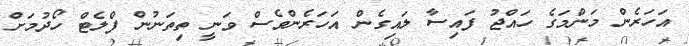
އަހަރެން މަންމަގެ ހައްޖު ފައިސާ ލައިގެން އަހަރެންވެސް ވަނީ ތިތަނުން ފްލެޓް ހޯދުމަށް